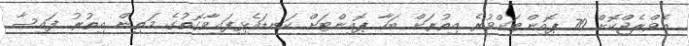
އެވްރެޖްކޮށް 70 ޕޮއިންޓަށްވުރެ އިތުރަށް ބަހާ ޕޮއިންޓަށް ކަނޑައެޅިފައިވާގޮތުގެ މަތިން އިތުރު ފައިސާ